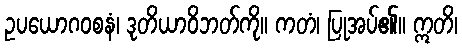
ဥပယောဂဝစနံ၊ ဒုတိယာဝိဘတ်ကို။ ကတံ၊ ပြုအပ်၏။ ဣတိ၊